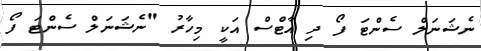
ނެޝަނަލް ސެންޓަ ފޯ ދި އާޓްސް އަކީ މިހާރު "ނެޝަނަލް ސެންޓަ ފޯ